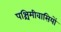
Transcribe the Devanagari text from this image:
पश्चिमीवासियों